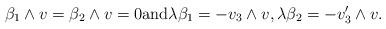
LaTeX: \begin{align*} \beta_1\wedge v= \beta_2\wedge v=0{\rm and}\lambda \beta_1= -v_3\wedge v, \lambda \beta_2= -v_3'\wedge v. \end{align*}